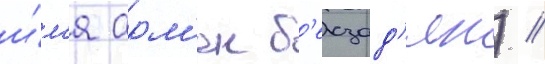
и́м'я арм'ен б'екзад'ян) //